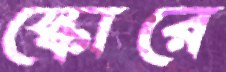
স্কোরে